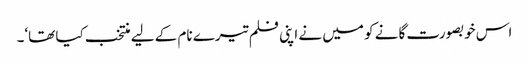
اس خوبصورت گانے کو میں نے اپنی فلم تیرے نام کے لیے منتخب کیا تھا‘۔